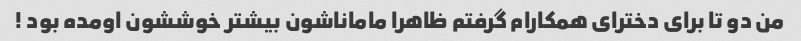
من دو تا برای دخترای همکارام گرفتم ظاهرا ماماناشون بیشتر خوششون اومده بود !